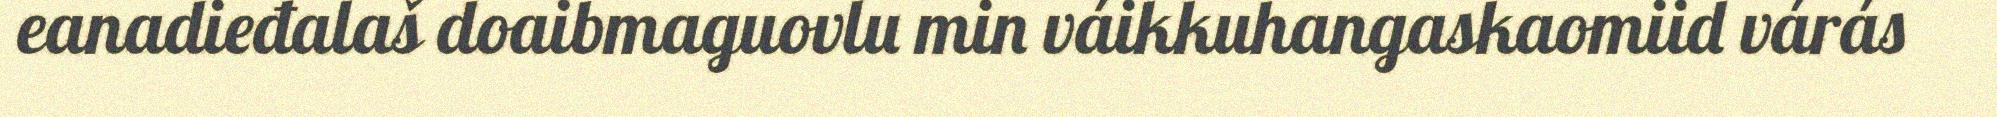
eanadieđalaš doaibmaguovlu min váikkuhangaskaomiid várás